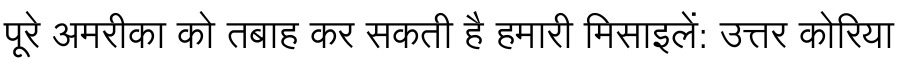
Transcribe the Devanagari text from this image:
पूरे अमरीका को तबाह कर सकती है हमारी मिसाइलें: उत्तर कोरिया